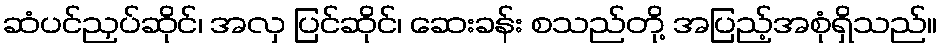
ဆံပင်ညှပ်ဆိုင်၊ အလှ ပြင်ဆိုင်၊ ဆေးခန်း စသည်တို့ အပြည့်အစုံရှိသည်။